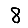
Digit: 8